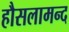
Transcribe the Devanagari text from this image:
हौसलामन्द